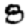
Digit: 8